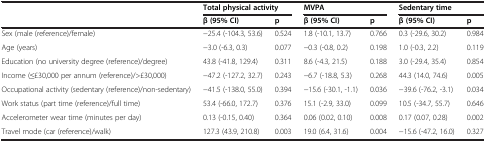
<table><thead><tr><td><b> </b></td><td colspan="2"><b>Total physical activity</b></td><td colspan="2"><b>MVPA</b></td><td colspan="2"><b>Sedentary time</b></td></tr><tr><td><b> </b></td><td><b>β (95% CI)</b></td><td><b>p</b></td><td><b>β (95% CI)</b></td><td><b>p</b></td><td><b>β (95% CI)</b></td><td><b>p</b></td></tr></thead><tbody><tr><td>Sex (male (reference)/female)</td><td>−25.4 (-104.3, 53.6)</td><td>0.524</td><td>1.8 (-10.1, 13.7)</td><td>0.766</td><td>0.3 (-29.6, 30.2)</td><td>0.984</td></tr><tr><td>Age (years)</td><td>−3.0 (-6.3, 0.3)</td><td>0.077</td><td>−0.3 (-0.8, 0.2)</td><td>0.198</td><td>1.0 (-0.3, 2.2)</td><td>0.119</td></tr><tr><td>Education (no university degree (reference)/degree)</td><td>43.8 (-41.8, 129.4)</td><td>0.311</td><td>8.6 (-4.3, 21.5)</td><td>0.188</td><td>3.0 (-29.4, 35.4)</td><td>0.854</td></tr><tr><td>Income (≤£30,000 per annum (reference)/&gt;£30,000)</td><td>−47.2 (-127.2, 32.7)</td><td>0.243</td><td>−6.7 (-18.8, 5.3)</td><td>0.268</td><td>44.3 (14.0, 74.6)</td><td>0.005</td></tr><tr><td>Occupational activity (sedentary (reference)/non-sedentary)</td><td>−41.5 (-138.0, 55.0)</td><td>0.394</td><td>−15.6 (-30.1, -1.1)</td><td>0.036</td><td>−39.6 (-76.2, -3.1)</td><td>0.034</td></tr><tr><td>Work status (part time (reference)/full time)</td><td>53.4 (-66.0, 172.7)</td><td>0.376</td><td>15.1 (-2.9, 33.0)</td><td>0.099</td><td>10.5 (-34.7, 55.7)</td><td>0.646</td></tr><tr><td>Accelerometer wear time (minutes per day)</td><td>0.13 (-0.15, 0.40)</td><td>0.364</td><td>0.06 (0.02, 0.10)</td><td>0.008</td><td>0.17 (0.07, 0.28)</td><td>0.002</td></tr><tr><td>Travel mode (car (reference)/walk)</td><td>127.3 (43.9, 210.8)</td><td>0.003</td><td>19.0 (6.4, 31.6)</td><td>0.004</td><td>−15.6 (-47.2, 16.0)</td><td>0.327</td></tr></tbody></table>